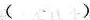
( )